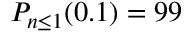
P _ { n \leq 1 } ( 0 . 1 ) = 9 9